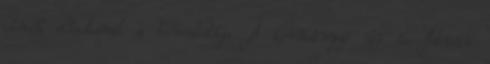
című előadásnak a bemutatója. A kormányzó úr és István